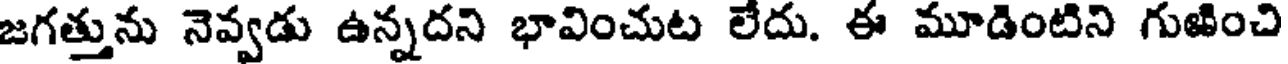
జగత్తును నెవ్వడు ఉన్నదని భావించుట లేదు. ఈ మూడింటిని గుఱించి